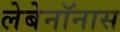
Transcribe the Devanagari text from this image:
लेबेनॉनास